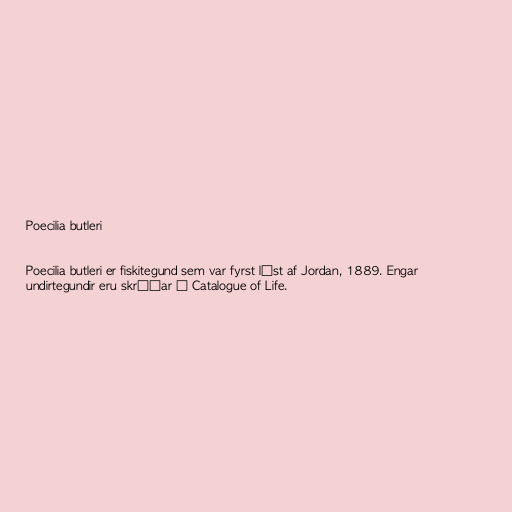
Poecilia butleri

Poecilia butleri er fiskitegund sem var fyrst lýst af Jordan, 1889. Engar
undirtegundir eru skráðar í Catalogue of Life.